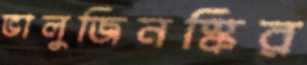
ভালুজিনস্কির